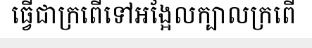
ធ្វើជាក្រពើទៅអង្អែលក្បាលក្រពើ